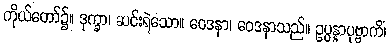
ကိုယ်တော်၌။ ဒုက္ခာ၊ ဆင်းရဲသော။ ဝေဒနာ၊ ဝေဒနာသည်။ ဥပ္ပန္နာပုဗ္ဗာကိံ၊